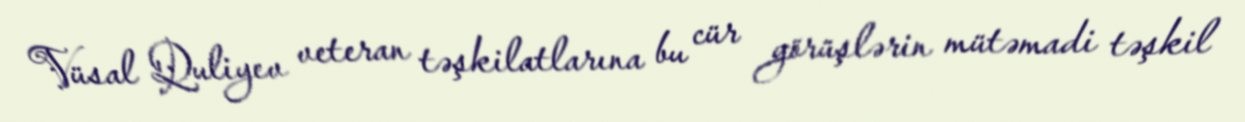
Vüsal Quliyev veteran təşkilatlarına bu cür görüşlərin mütəmadi təşkil